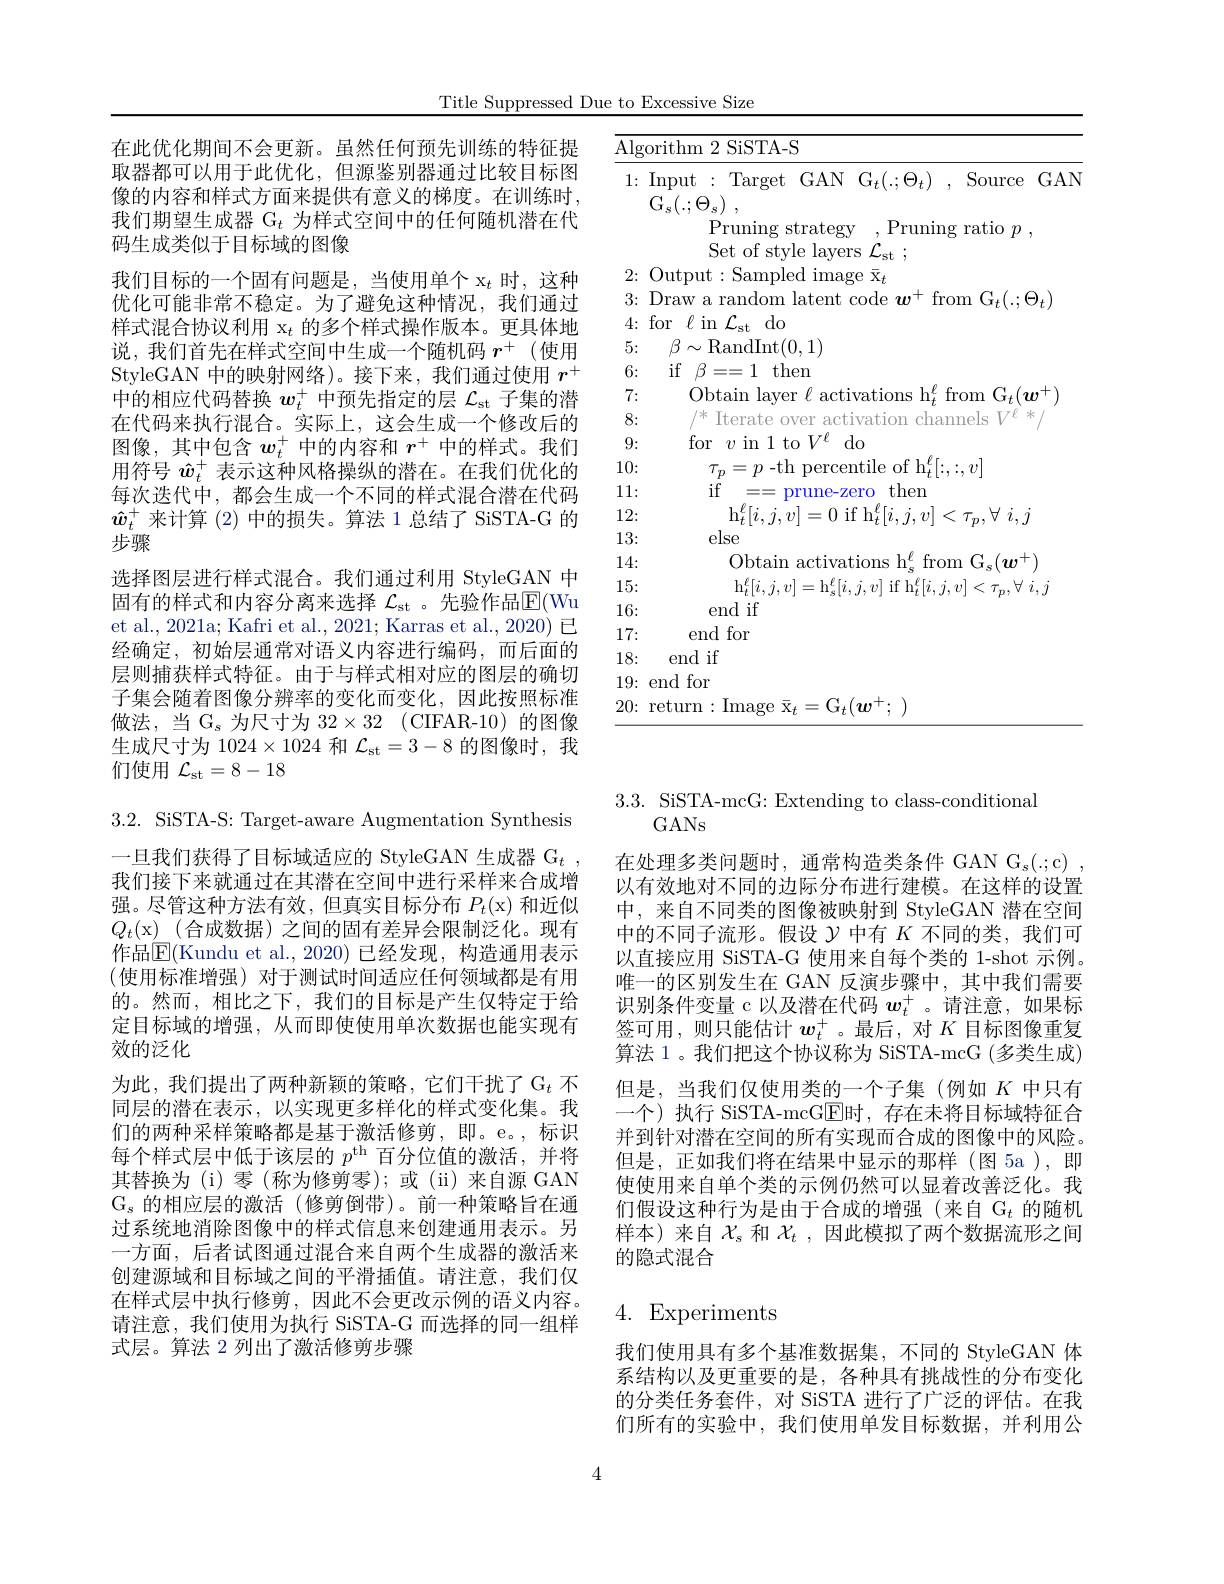
Title Suppressed Due to Excessive Size

<table>
	<tbody>
		<tr>
			<td>$\overline{{\mathrm{Alg}}}$</td>
			<td>$5TA-S$</td>
		</tr>
		<tr>
			<td>1:</td>
			<td>rget $GAN$ $\mathrm{G} _{t}( . ; \Theta _{t})$ , Source Prunin $\alpha$ atwaf $-aarr$ $m$ $\mathbf{Y}_{n}$</td>
		</tr>
		<tr>
			<td> </td>
			<td>${\prime}$st,</td>
		</tr>
		<tr>
			<td>$L$ 11 2</td>
			<td>小 SU $\Lambda t$</td>
		</tr>
		<tr>
			<td>44 4</td>
			<td> </td>
		</tr>
		<tr>
			<td>5</td>
			<td>11</td>
		</tr>
		<tr>
			<td>$n$</td>
			<td>then</td>
		</tr>
		<tr>
			<td>1 1 T</td>
			<td>$|_{\mathrm{aver}}$</td>
		</tr>
		<tr>
			<td> </td>
			<td>74 $\therefore 米$ </td>
		</tr>
		<tr>
			<td>10. n</td>
			<td>$TTF$</td>
		</tr>
		<tr>
			<td>1</td>
			<td>$\mathrm{h}^{\boldsymbol{L}}.$ $\therefore$ $\cdot$ $\eta $,</td>
		</tr>
		<tr>
			<td>11: $\frac{1}{2}=\frac{1}{2}=\frac{1}{2}$ $\frac{1}{2}=\frac{1}{2}=\frac{1}{2}$ $\frac{1}{2}=\frac{1}{2}=\frac{1}{2}$ $\frac{1}{2}=\frac{1}{2}=\frac{1}{2}$ $\frac{1}{2}=\frac{1}{2}=\frac{1}{2}$</td>
			<td>then $VL$ 12 prune-zero</td>
		</tr>
		<tr>
			<td>12:</td>
			<td>$\overset{\ell}{\operatorname*{\operatorname*{\operatorname*{t}}}}[i,j,v]$ $i$ $v] = 0$ if h $\tau _{\mathrm{n} }, \forall$ $i$, $i$</td>
		</tr>
		<tr>
			<td>13:</td>
			<td> </td>
		</tr>
		<tr>
			<td>14: $\frac{1}{2}=\frac{1}{2}$ $\frac{1}{2}=\frac{1}{2}$</td>
			<td>otain activations $h^{\ell }$ from $_{0}$ ${\mathrm{G} }_{n}( w^{+ })$</td>
		</tr>
		<tr>
			<td>15:</td>
			<td>$i.i.v|=h^{t}|i$ $\therefore\dot{\eta}$ $\frac{1}{2}=\frac{1}{2}=\frac{1}{2}$ $\textcircled{2}$ $\frac{1}{2}=\frac{1}{2}=\frac{1}{2}$</td>
		</tr>
		<tr>
			<td>16: </td>
			<td> </td>
		</tr>
		<tr>
			<td>17:</td>
			<td> </td>
		</tr>
		<tr>
			<td>18:</td>
			<td> </td>
		</tr>
		<tr>
			<td>19:</td>
			<td> </td>
		</tr>
		<tr>
			<td>20:</td>
			<td>tge Xt $_{t}=(_{\mathrm{I}t}(w^{+}.$</td>
		</tr>
	</tbody>
</table>

在此优化期间不会更新。虽然任何预先训练的特征提取器都可以用于此优化，但源鉴别器通过比较目标图像的内容和样式方面来提供有意义的梯度。在训练时， 我们期望生成器 G$_t$为样式空间中的任何随机潜在代码生成类似于目标域的图像
我们目标的一个固有问题是，当使用单个 x$_t$时，这种优化可能非常不稳定。为了避免这种情况，我们通过样式混合协议利用$\mathrm{x}_t$的多个样式操作版本。更具体地说，我们首先在样式空间中生成一个随机码$r^+$ (使用StyleGAN 中的映射网络)。接下来，我们通过使用$r^+$ 中的相应代码替换$w_t^+$中预先指定的层$\mathcal{L}_\mathrm{st}$子集的潜在代码来执行混合。实际上，这会生成一个修改后的图像，其中包含$w_t^+$中的内容和$r^+$中的样式。我们用符号$\hat{w}_t^+$表示这种风格操纵的潜在。在我们优化的每次迭代中，都会生成一个不同的样式混合潜在代码$\hat{w}_t^+$来计算 (2)中的损失。算法 1 总结了 SiSTA-G 的步骤
选择图层进行样式混合。我们通过利用 StyleGAN 中固有的样式和内容分离来选择 $\mathcal{L}_\mathrm{st}$ 。先验作品$\mathbb{E}($Wu et al., 2021a; Kafri et al., 2021; Karras et al., 2020) 已经确定，初始层通常对语义内容进行编码，而后面的层则捕获样式特征。由于与样式相对应的图层的确切子集会随着图像分辨率的变化而变化，因此按照标准做法，当$\mathcal{G}_s$为尺寸为$32\times 32$ (CIFAR-10)的图像生成尺寸为 1024$\times1024$和$\mathcal{L}_\mathrm{st}=3-8$的图像时，我们使用$\mathcal{L}_\mathrm{st}=8-18$

3.3. SiSTA-mcG: Extending to class-conditional
GANs

3.2. SiSTA-S: Target-aware Augmentation Synthesis

在处理多类问题时，通常构造类条件 GAN G$_s(.;$c) , 以有效地对不同的边际分布进行建模。在这样的设置中，来自不同类的图像被映射到 StyleGAN 潜在空间中的不同子流形。假设$\mathcal{Y}$中有$K$不同的类，我们可以直接应用 SiSTA-G 使用来自每个类的 1-shot 示例。唯一的区别发生在 GAN 反演步骤中，其中我们需要识别条件变量 c 以及潜在代码$w_t^+$ 。请注意，如果标签可用，则只能估计$w_t^+$。最后，对$K$目标图像重复算法 1 。我们把这个协议称为 SiSTA-mcG (多类生成) 但是，当我们仅使用类的一个子集(例如$K$中只有一个)执行 SiSTA-mcG$\overline{\mathrm{E}}$时，存在未将目标域特征合并到针对潜在空间的所有实现而合成的图像中的风险。但是，正如我们将在结果中显示的那样(图 5a),即使使用来自单个类的示例仍然可以显着改善泛化。我们假设这种行为是由于合成的增强(来自$\mathcal{G}_t$的随机样本)来自$\chi_s$和$\mathcal{X}_t$,因此模拟了两个数据流形之间的隐式混合

一旦我们获得了目标域适应的 StyleGAN 生成器 G$_{t}$ , 我们接下来就通过在其潜在空间中进行采样来合成增强。尽管这种方法有效，但真实目标分布$P_t($x)和近似$Q_t($x)(合成数据)之间的固有差异会限制泛化。现有作品$\mathbb{E}($Kundu et al.,2020)已经发现，构造通用表示(使用标准增强)对于测试时间适应任何领域都是有用的。然而，相比之下，我们的目标是产生仅特定于给定目标域的增强，从而即使使用单次数据也能实现有效的泛化
为此，我们提出了两种新颖的策略，它们干扰了G_t 不同层的潜在表示，以实现更多样化的样式变化集。我们的两种采样策略都是基于激活修剪，即。e。,标识每个样式层中低于该层的$p^\mathrm{th}$百分位值的激活，并将其替换为 (i)零 (称为修剪零);或 (ii) 来自源 GAN $G_s$的相应层的激活(修剪倒带)。前一种策略旨在通过系统地消除图像中的样式信息来创建通用表示。另一方面，后者试图通过混合来自两个生成器的激活来创建源域和目标域之间的平滑插值。请注意，我们仅在样式层中执行修剪，因此不会更改示例的语义内容。请注意，我们使用为执行 SiSTA-G 而选择的同一组样式层。算法 2 列出了激活修剪步骤

# 4. Experiments

我们使用具有多个基准数据集，不同的 StyleGAN 体系结构以及更重要的是，各种具有挑战性的分布变化的分类任务套件，对 SiSTA 进行了广泛的评估。在我们所有的实验中，我们使用单发目标数据，并利用公

4